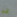
قد